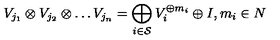
V _ { j _ { 1 } } \otimes V _ { j _ { 2 } } \otimes \ldots V _ { j _ { n } } = \bigoplus _ { i \in { \cal S } } V _ { i } ^ { \oplus m _ { i } } \oplus I , m _ { i } \in N